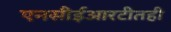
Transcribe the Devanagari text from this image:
एनसीईआरटीतही